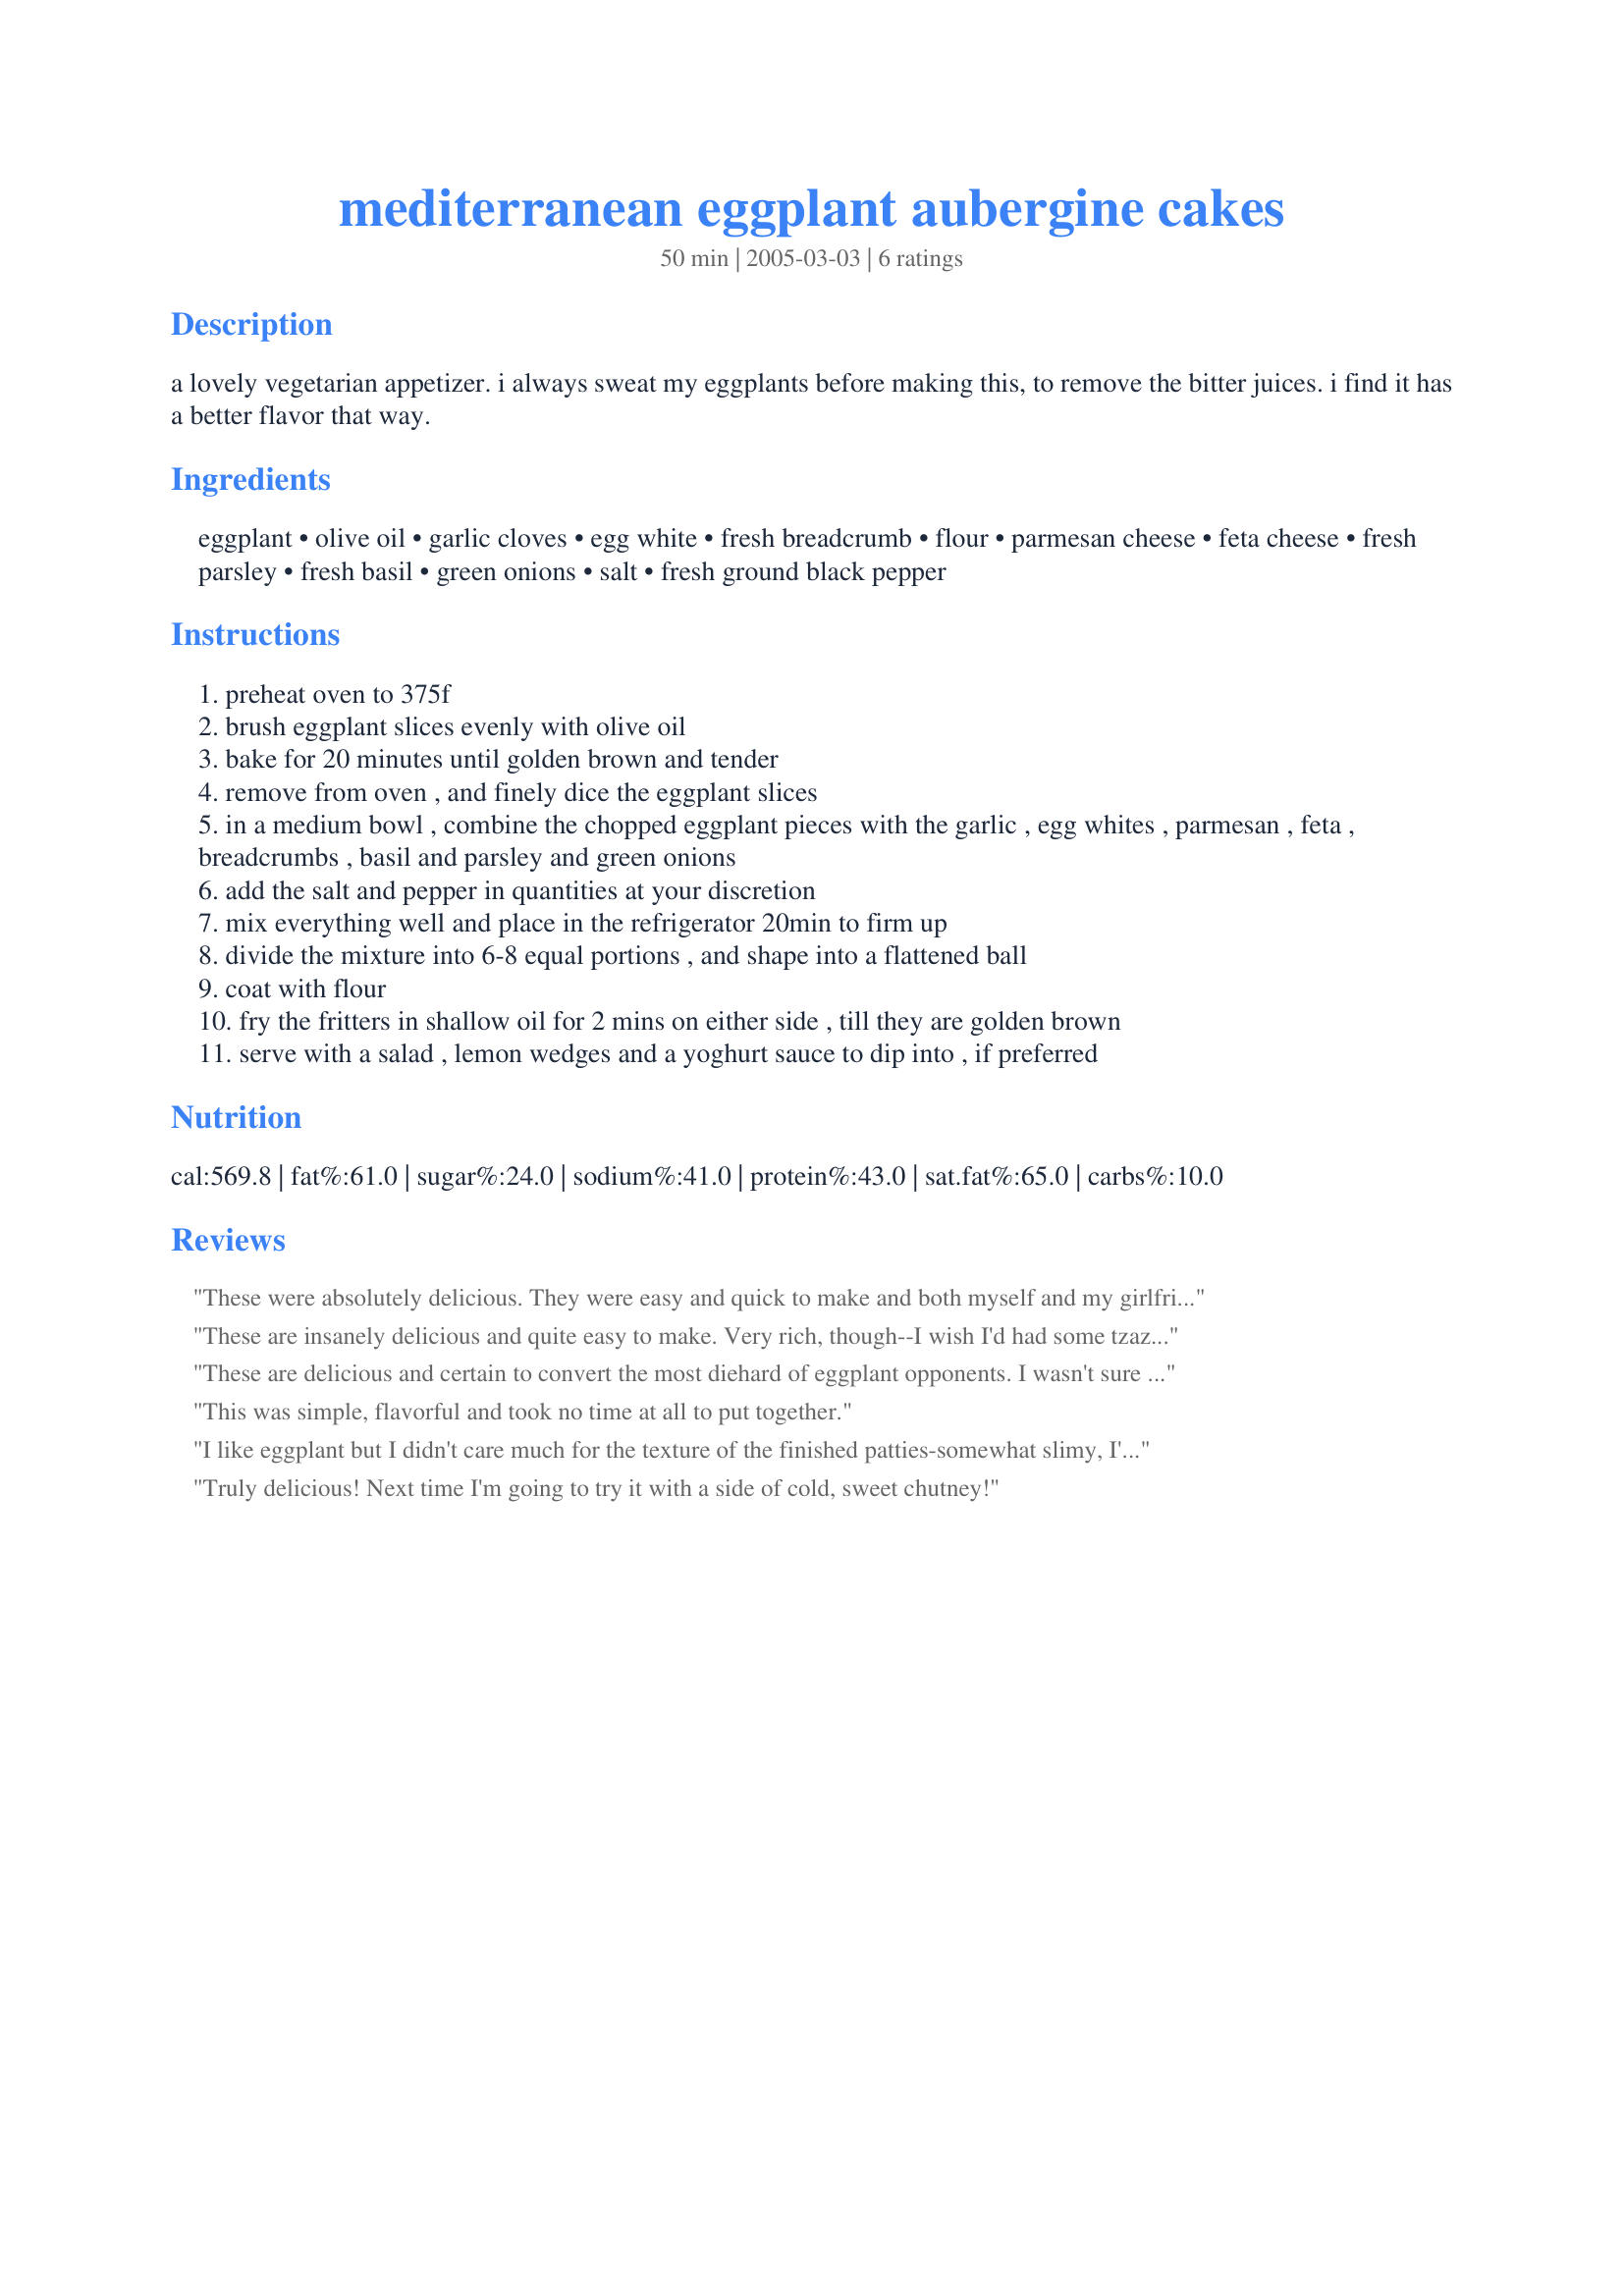
mediterranean eggplant aubergine cakes
Preparation time: 50 minutes

a lovely vegetarian appetizer. i always sweat my eggplants before making this, to remove the bitter juices. i find it has a better flavor that way.

Ingredients:
eggplant, olive oil, garlic cloves, egg white, fresh breadcrumb, flour, parmesan cheese, feta cheese, fresh parsley, fresh basil, green onions, salt, fresh ground black pepper

Steps:
preheat oven to 375f
brush eggplant slices evenly with olive oil
bake for 20 minutes until golden brown and tender
remove from oven , and finely dice the eggplant slices
in a medium bowl , combine the chopped eggplant pieces with the garlic , egg whites , parmesan , feta , breadcrumbs , basil and parsley and green onions
add the salt and pepper in quantities at your discretion
mix everything well and place in the refrigerator 20min to firm up
divide the mixture into 6-8 equal portions , and shape into a flattened ball
coat with flour
fry the fritters in shallow oil for 2 mins on either side , till they are golden brown
serve with a salad , lemon wedges and a yoghurt sauce to dip into , if preferred

Reviews:
These were absolutely delicious. They were easy and quick to make and both myself and my girlfriend loved them (and we're not big eggplant eaters!)
These are insanely delicious and quite easy to make. Very rich, though--I wish I'd had some tzaziki on hand.
I had to use 2 eggs plus a bit of water to get all the ingredients to bind together. I also only used 5-6 oz of Parmesan, which turned out to be plenty.
FYI--the uncooked cakes freeze very nicely.
Thanks, Varsha! I'll be making these again.
These are delicious and certain to convert the most diehard of eggplant opponents. I wasn't sure how much eggplant to use as they vary so much in size - mine weighed 1 1/2 pounds! I checked on the Internet and discovered the 'average' eggplant weighs around 9 to 10 ounces, so I used half and put the rest aside for another day. I reduced the amount of breadcrumbs to 1 cup, and used two eggs rather than one to bind the mixture, but otherwise followed the recipe as written. One tip - use a non-stick skillet rather than stainless steel, as they have a tendency to stick. I made 9 fritters from the mixture, and DH and I had two each as an appetiser. They were delectable, and the hint of basil was perfect - don't omit it. Thanks for posting a great recipe!
This was simple, flavorful and took no time at all to put together.
I like eggplant but I didn't care much for the texture of the finished patties-somewhat slimy, I'm afraid. Don't know what happened. I used dried basil and skipped the optional feta but otherwise followed the recipe faithfully. I guess that's why they make Chocolate, vanilla and strawberry.
Truly delicious! Next time I'm going to try it with a side of cold, sweet chutney!
